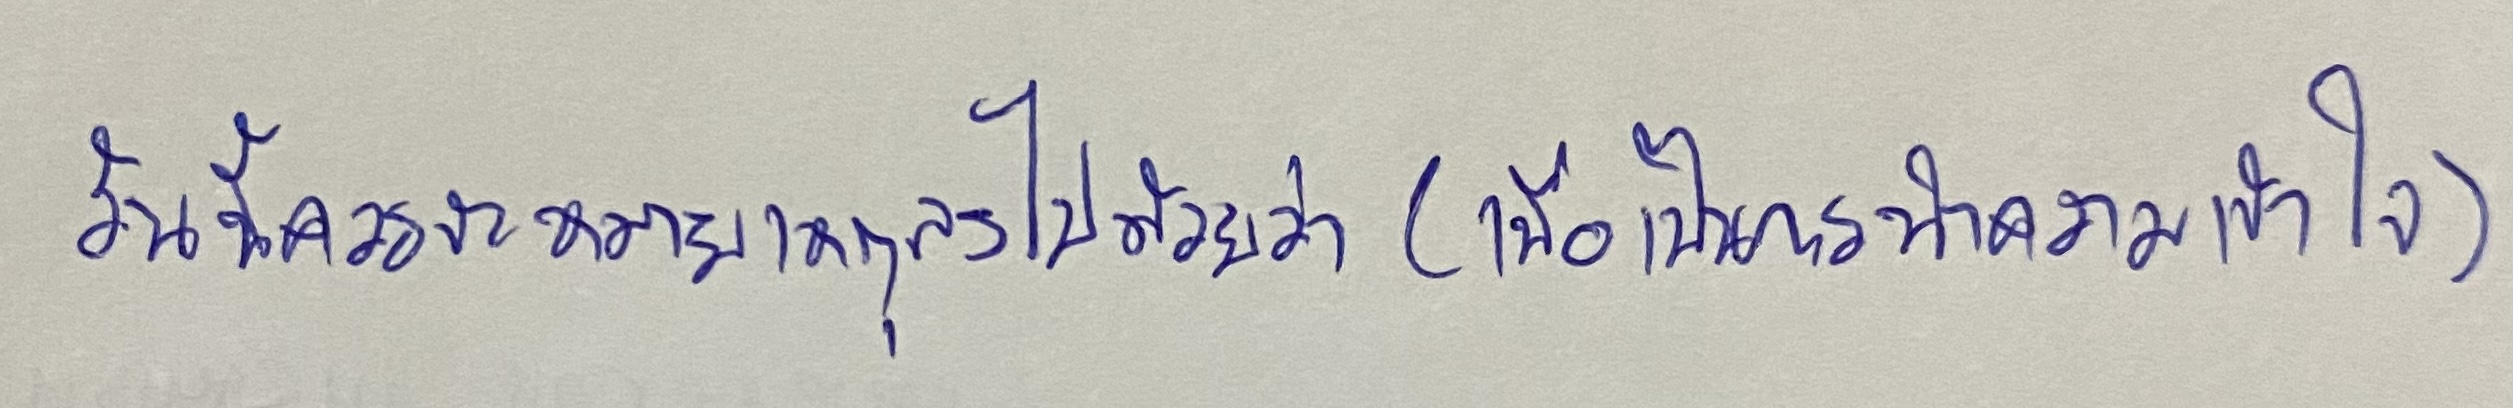
อันนี้ควรจะหมายเหตุลงไปด้วยว่า(เพื่อเป็นการทำความเข้าใจ)